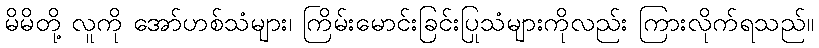
မိမိတို့ လူကို အော်ဟစ်သံများ၊ ကြိမ်းမောင်းခြင်းပြုသံများကိုလည်း ကြားလိုက်ရသည်။